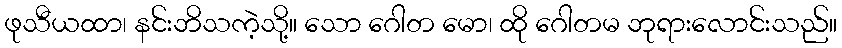
ဖုသီယထာ၊ နင်းဘိသကဲ့သို့။ သော ဂေါတ မော၊ ထို ဂေါတမ ဘုရားလောင်းသည်။